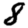
Digit: 8